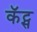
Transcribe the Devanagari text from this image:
कॅट्स